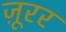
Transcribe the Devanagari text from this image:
ज़ूरर